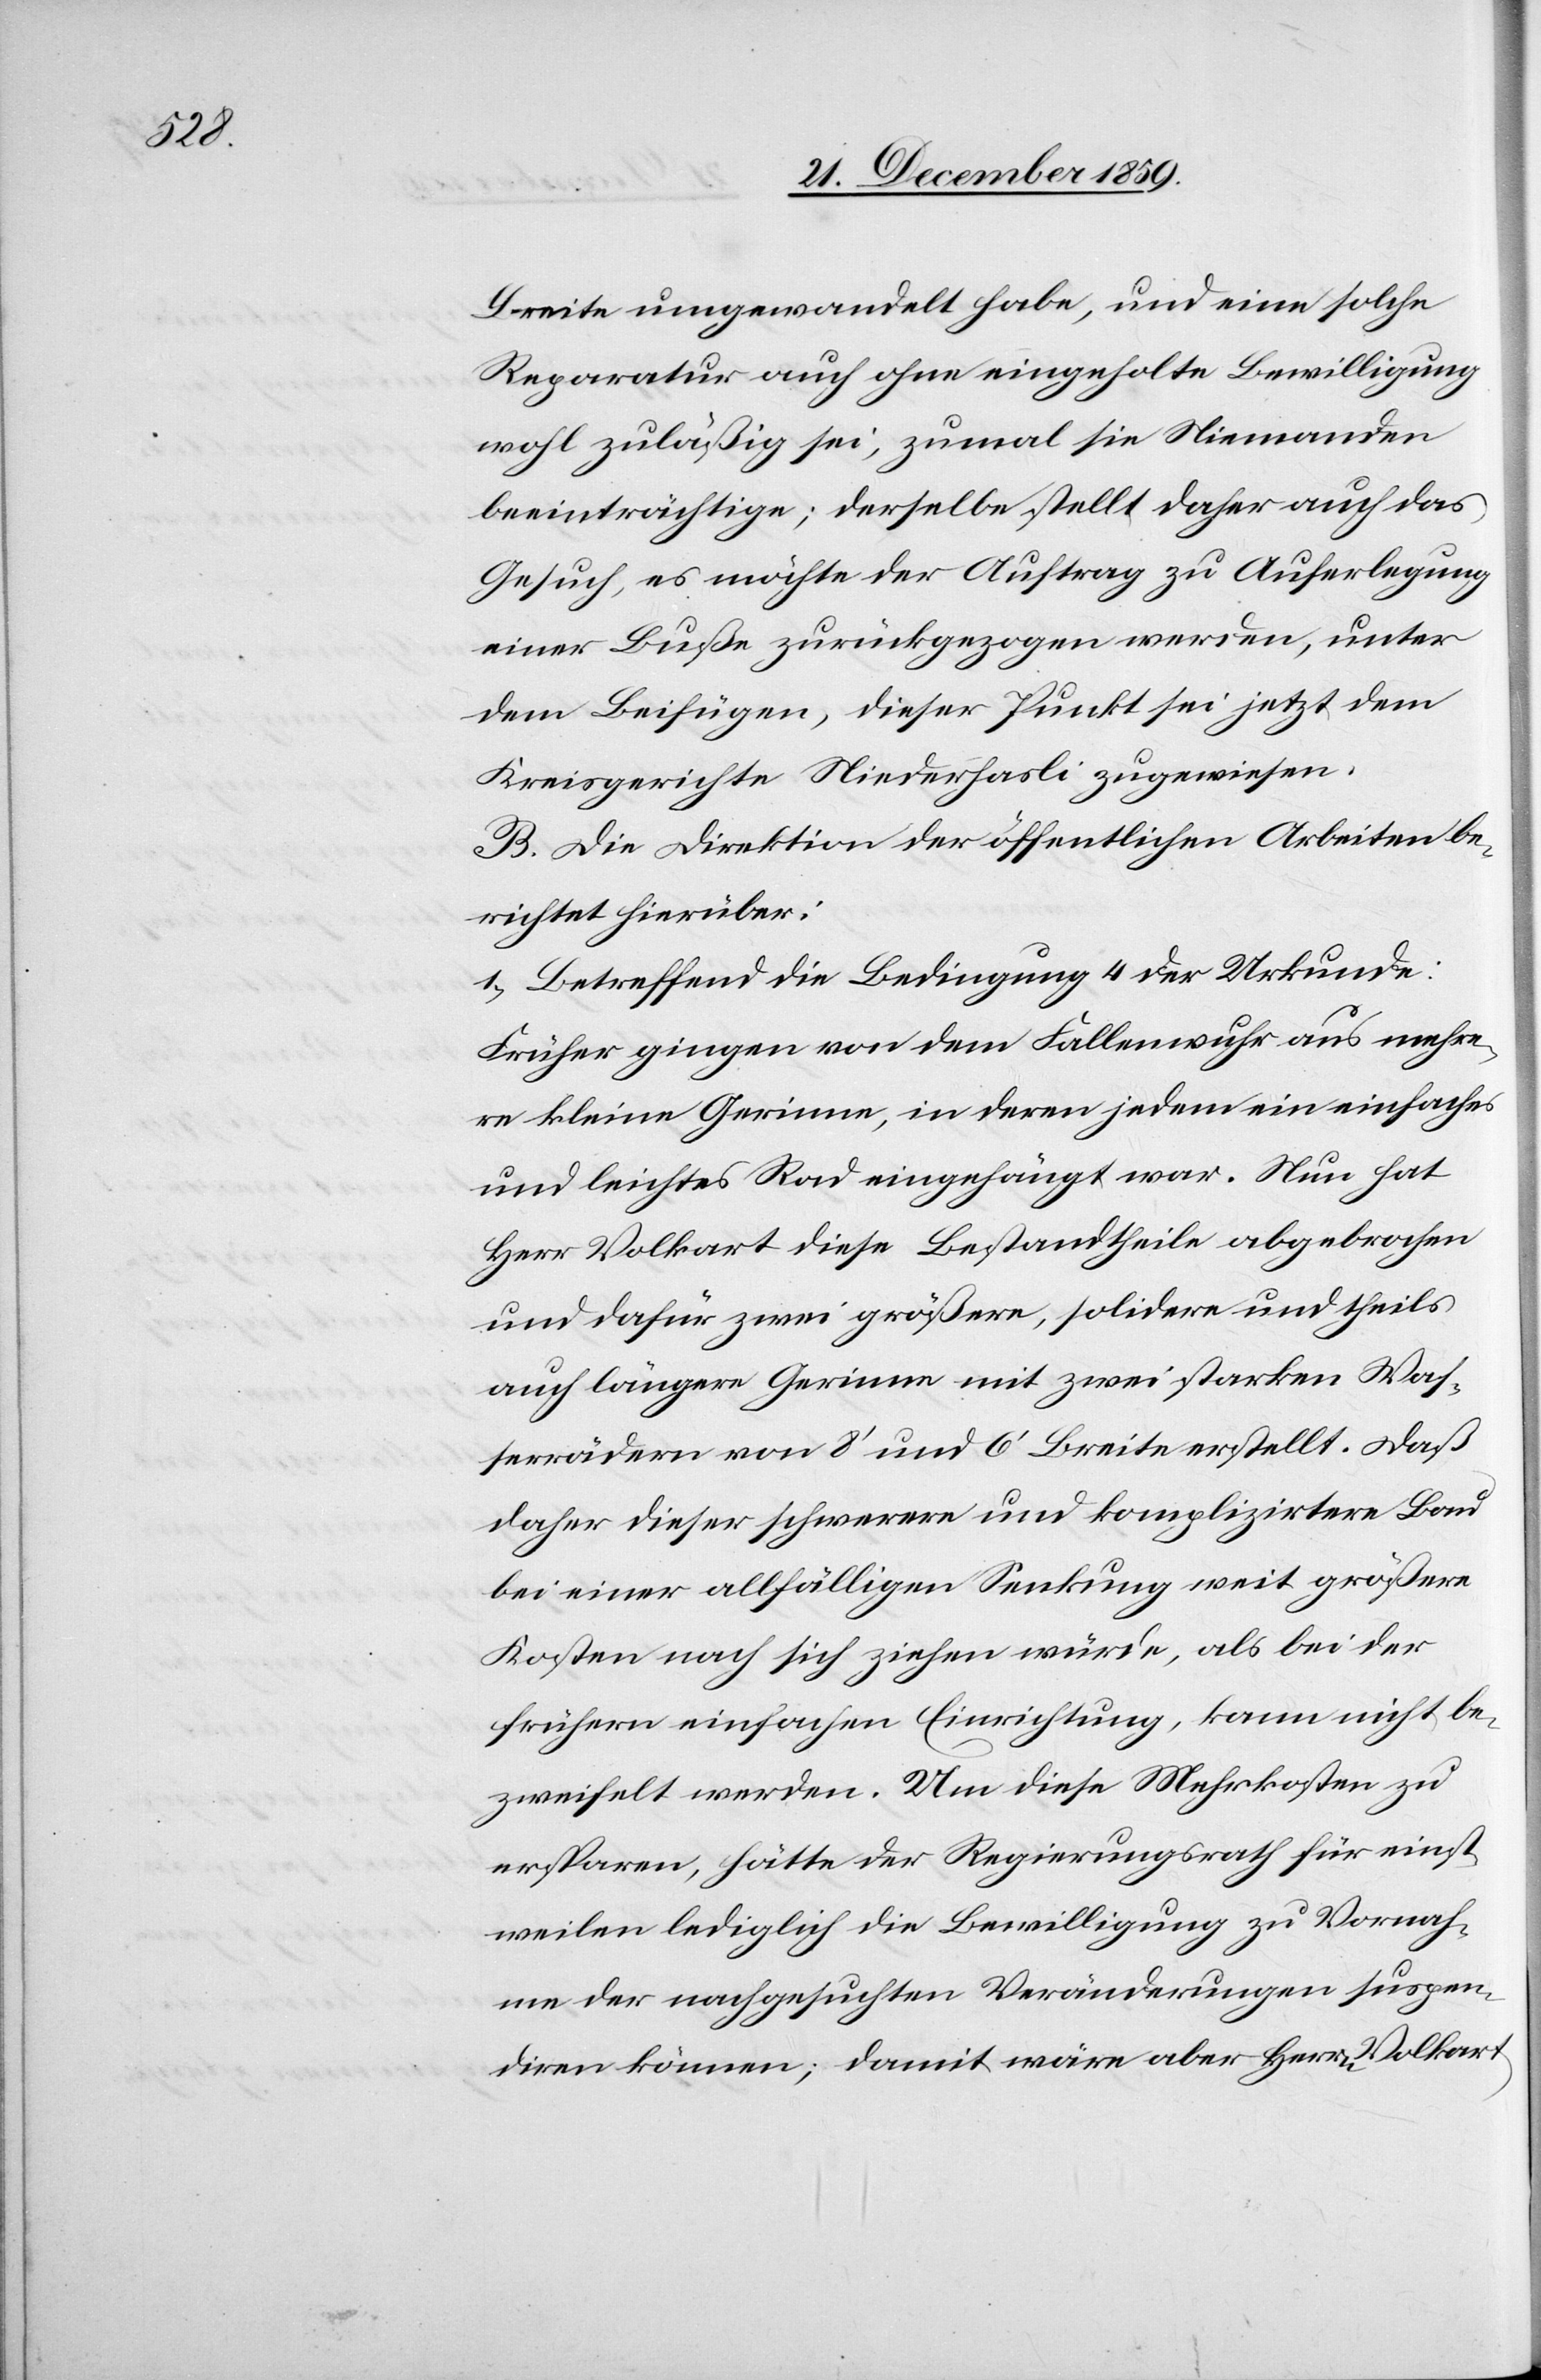
Breite umgewandelt habe, und eine solche
Reparatur auch ohne eingeholte Bewilligung
wohl zuläßig sei, zumal sie Niemanden
beeinträchtige; derselbe stellt daher auch das
Gesuch, es möchte der Auftrag zu Auferlegung
einer Buße zurückgezogen werden, unter
dem Beifügen, dieser Punkt sei jetzt dem
Kreisgerichte Niederhasli zugewiesen.
B. Die Direktion der öffentlichen Arbeiten be¬
richtet hierüber:
1) Betreffend die Bedingung 4 der Urkunde:
Früher gingen von dem Fallenwuhr aus mehre¬
re kleine Gerinne, in deren jedem ein einfaches
und leichtes Rad eingehängt war. Nun hat
Herr Volkart diese Bestandtheile abgebrochen
und dafür zwei größere, solidere und theils
auch längere Gerinne mit zwei starken Was¬
serrädern von 8’ und 6’ Breite erstellt. Daß
daher dieser schwerere und komplizirtere Bau
bei einer allfälligen Senkung weit größere
Kosten nach sich ziehen würde, als bei der
frühern einfachen Einrichtung, kann nicht be¬
zweifelt werden. Um diese Mehrkosten zu
ersparen, hätte der Regierungsrath für einst¬
weilen lediglich die Bewilligung zu Vornah¬
me der nachgesuchten Veränderungen suspen¬
diren können; damit wäre aber Herrn Volkart